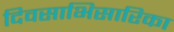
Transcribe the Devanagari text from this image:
दिवसाभिसारिका